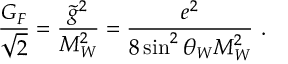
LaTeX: \frac { G _ { F } } { \sqrt { 2 } } = \frac { \tilde { g } ^ { 2 } } { M _ { W } ^ { 2 } } = \frac { e ^ { 2 } } { 8 \sin ^ { 2 } \theta _ { W } M _ { W } ^ { 2 } } ~ .